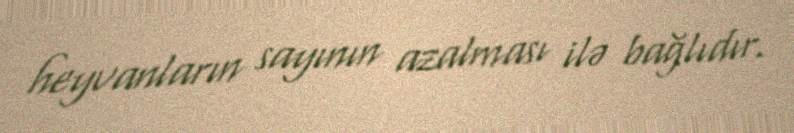
heyvanların sayının azalması ilə bağlıdır.